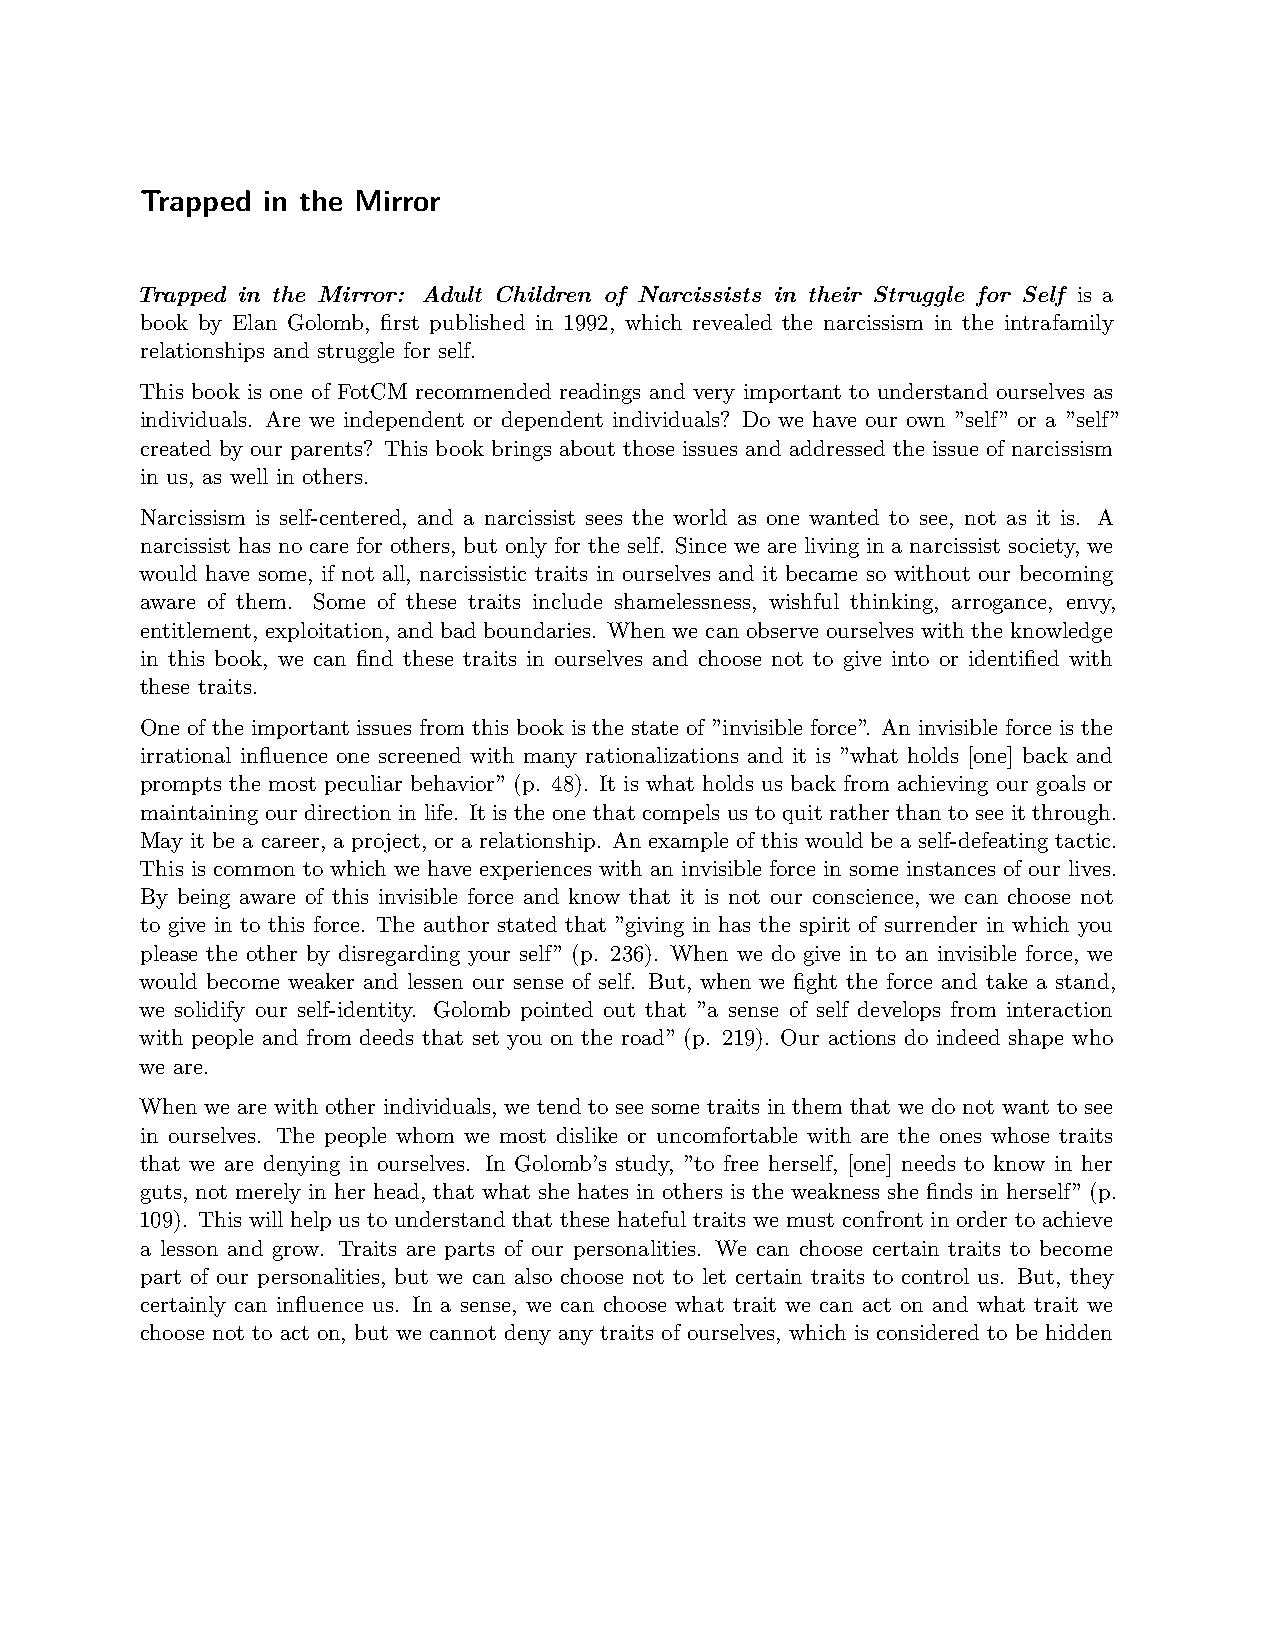
Trapped in the Mirror
 Trapped in the Mirror: Adult Children of Narcissists in their Struggle for Self is a
 book by Elan Golomb, first published in 1992, which revealed the narcissism in the intrafamily
 relationships and struggle for self.
 This book is one of FotCM recommended readings and very important to understand ourselves as
 individuals. Are we independent or dependent individuals? Do we have our own ”self” or a ”self”
 created by our parents? This book brings about those issues and addressed the issue of narcissism
 in us, as well in others.
 Narcissism is self-centered, and a narcissist sees the world as one wanted to see, not as it is. A
 narcissist has no care for others, but only for the self. Since we are living in a narcissist society, we
 would have some, if not all, narcissistic traits in ourselves and it became so without our becoming
 aware of them. Some of these traits include shamelessness, wishful thinking, arrogance, envy,
 entitlement, exploitation, and bad boundaries. When we can observe ourselves with the knowledge
 in this book, we can find these traits in ourselves and choose not to give into or identified with
 these traits.
 One of the important issues from this book is the state of ”invisible force”. An invisible force is the
 irrational influence one screened with many rationalizations and it is ”what holds [one] back and
 prompts the most peculiar behavior” (p. 48). It is what holds us back from achieving our goals or
 maintaining our direction in life. It is the one that compels us to quit rather than to see it through.
 May it be a career, a project, or a relationship. An example of this would be a self-defeating tactic.
 This is common to which we have experiences with an invisible force in some instances of our lives.
 By being aware of this invisible force and know that it is not our conscience, we can choose not
 to give in to this force. The author stated that ”giving in has the spirit of surrender in which you
 please the other by disregarding your self” (p. 236). When we do give in to an invisible force, we
 would become weaker and lessen our sense of self. But, when we fight the force and take a stand,
 we solidify our self-identity. Golomb pointed out that ”a sense of self develops from interaction
 with people and from deeds that set you on the road” (p. 219). Our actions do indeed shape who
 we are.
 When we are with other individuals, we tend to see some traits in them that we do not want to see
 in ourselves. The people whom we most dislike or uncomfortable with are the ones whose traits
 that we are denying in ourselves. In Golomb’s study, ”to free herself, [one] needs to know in her
 guts, not merely in her head, that what she hates in others is the weakness she finds in herself” (p.
 109). This will help us to understand that these hateful traits we must confront in order to achieve
 a lesson and grow. Traits are parts of our personalities. We can choose certain traits to become
 part of our personalities, but we can also choose not to let certain traits to control us. But, they
 certainly can influence us. In a sense, we can choose what trait we can act on and what trait we
 choose not to act on, but we cannot deny any traits of ourselves, which is considered to be hidden